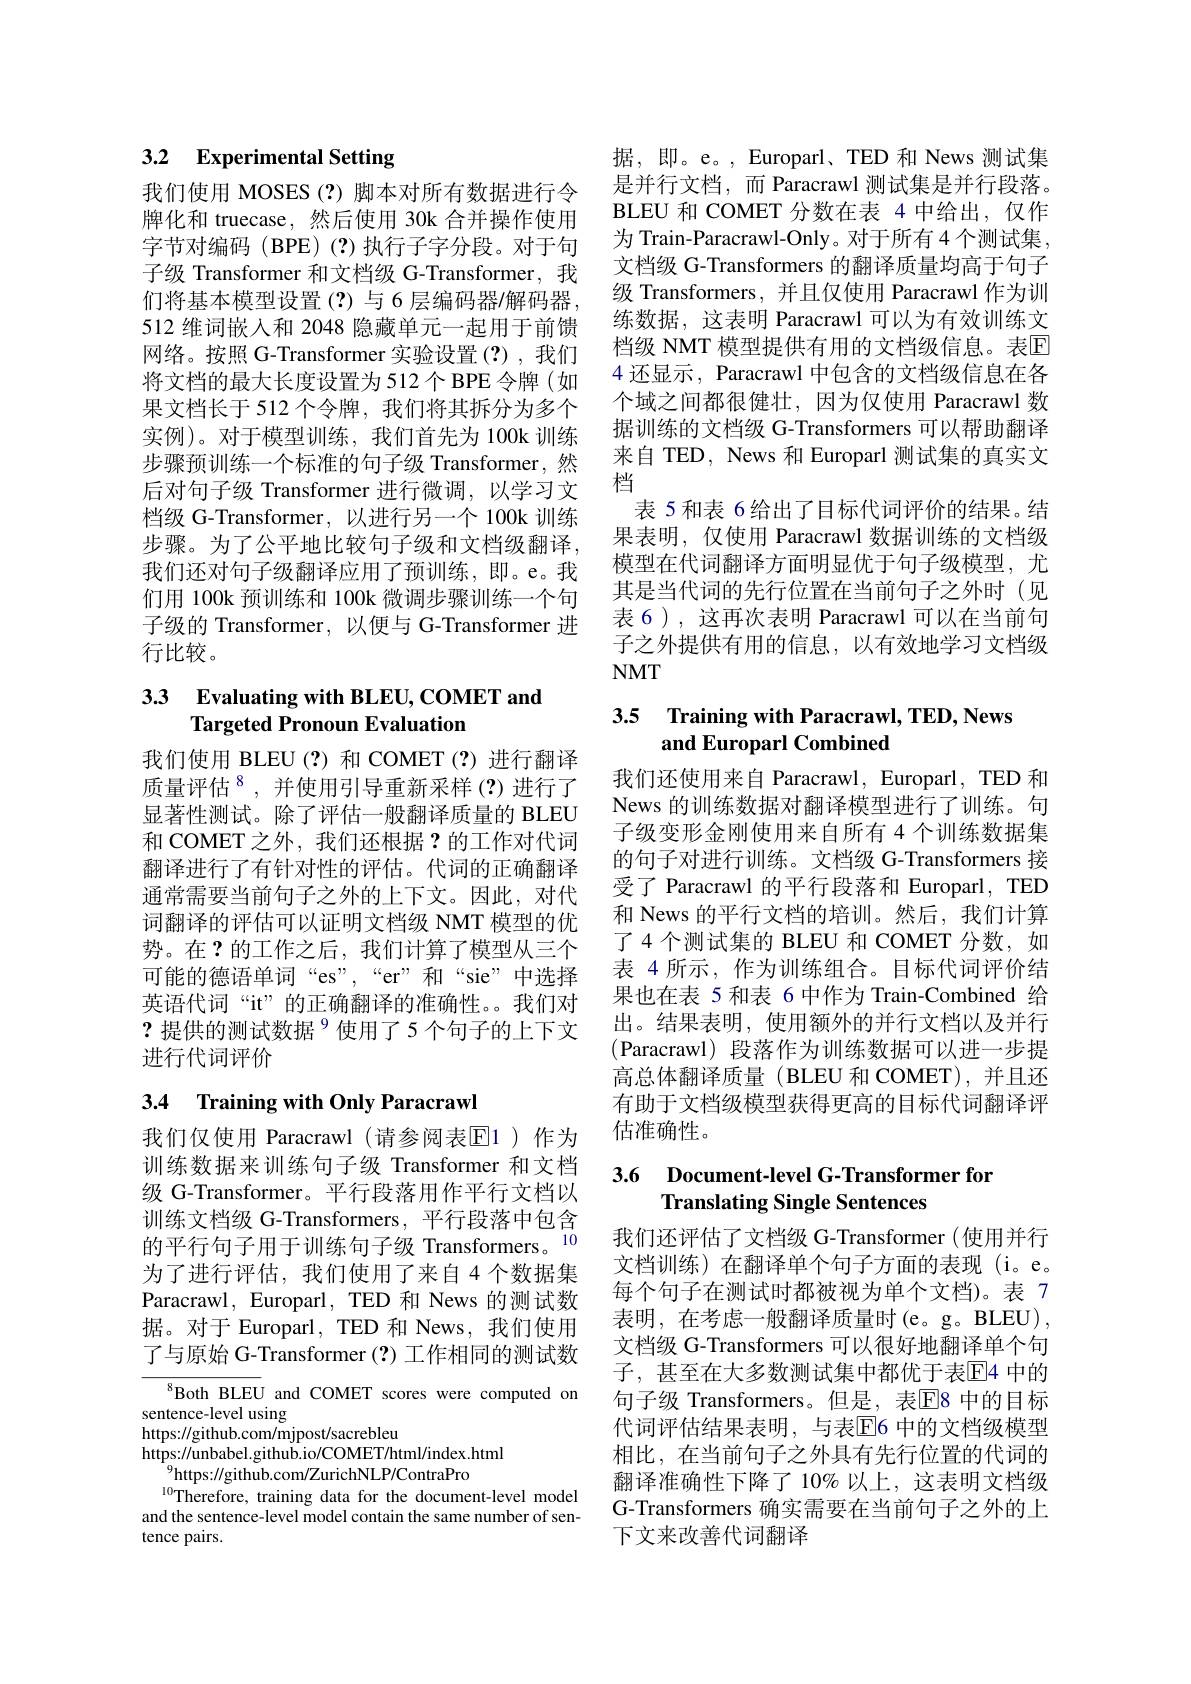
# 3.2 Experimental Setting

我们使用 MOSES(?)脚本对所有数据进行令牌化和 truecase,然后使用 30k 合并操作使用字节对编码 (BPE)(?)执行子字分段。对于句子级 Transformer 和文档级 G-Transformer, 我们将基本模型设置(?)与6层编码器/解码器， 512 维词嵌入和 2048 隐藏单元一起用于前馈网络。按照 G-Transformer 实验设置(?),我们将文档的最大长度设置为 512个 BPE 令牌(如果文档长于 512 个令牌，我们将其拆分为多个实例)。对于模型训练，我们首先为 100k 训练步骤预训练一个标准的句子级 Transformer,然后对句子级 Transformer 进行微调，以学习文档级 G-Transformer,以进行另一个 100k 训练步骤。为了公平地比较句子级和文档级翻译， 我们还对句子级翻译应用了预训练，即。e。我们用 100k 预训练和 100k 微调步骤训练一个句子级的 Transformer,以便与 G-Transformer 进行比较。

# 3.3 Evaluating with BLEU, COMET and Targeted Pronoun Evaluation

我们使用 BLEU(?)和 COMET(?)进行翻译质量评估$^{8}$,并使用引导重新采样(?)进行了显著性测试。除了评估一般翻译质量的 BLEU 和 COMET 之外，我们还根据？的工作对代词翻译进行了有针对性的评估。代词的正确翻译通常需要当前句子之外的上下文。因此，对代词翻译的评估可以证明文档级 NMT 模型的优势。在？的工作之后，我们计算了模型从三个可能的德语单词“es”,“er”和“sie”中选择英语代词“it”的正确翻译的准确性。。我们对?提供的测试数据$^{9}$使用了5个句子的上下文进行代词评价

## 3.4 Training with Only Paracrawl

我们仅使用 Paracrawl (请参阅表$\overline{\mathrm{E}}$1)作为训练数据来训练句子级 Transformer 和文档级 G-Transformer。平行段落用作平行文档以训练文档级 G-Transformers,平行段落中包含的平行句子用于训练句子级 Transformers。$^{10}$ 为了进行评估，我们使用了来自 4 个数据集Paracrawl, Europarl, TED 和 News 的测试数据。对于 Europarl, TED 和 News, 我们使用了与原始 G-Transformer (?) 工作相同的测试数

$^{8}$Both BLEU and COMET scores were computed on
sentence-level using
https: //github.com/mjpost/sacrebleu
https: / / unbabel. github. io/ COMET/ html/ index. html
$^{9}$https://github.com/ZurichNLP/ContraPro
$^{10}$Therefore, training data for the document-level model and the sentence-level model contain the same number of sentence pairs.

据，即。e。, Europarl、TED 和 News 测试集是并行文档，而 Paracrawl 测试集是并行段落。BLEU 和 COMET 分数在表 4 中给出，仅作为 Train-Paracrawl-Only。对于所有 4 个测试集， 文档级 G-Transformers 的翻译质量均高于句子级 Transformers, 并且仅使用 Paracrawl 作为训练数据，这表明 Paracrawl 可以为有效训练文档级 NMT 模型提供有用的文档级信息。表$\mathbb{E}$ 4 还显示，Paracrawl 中包含的文档级信息在各个域之间都很健壮，因为仅使用 Paracrawl 数据训练的文档级 G-Transformers 可以帮助翻译来自 TED, News 和 Europarl 测试集的真实文档
表 5 和表 6 给出了目标代词评价的结果。结果表明，仅使用 Paracrawl 数据训练的文档级模型在代词翻译方面明显优于句子级模型，尤其是当代词的先行位置在当前句子之外时(见表 6),这再次表明 Paracrawl 可以在当前句子之外提供有用的信息，以有效地学习文档级$NMT$

# 3.5 Training with Paracrawl, TED, News and Europarl Combined

我们还使用来自 Paracrawl, Europarl, TED 和News 的训练数据对翻译模型进行了训练。句子级变形金刚使用来自所有 4 个训练数据集的句子对进行训练。文档级 G-Transformers 接受了 Paracrawl 的平行段落和 Europarl, TED 和 News 的平行文档的培训。然后，我们计算了4个测试集的 BLEU 和 COMET 分数，如表 4 所示 , 作为训练组合。目标代词评价结果也在表 5 和表 6 中作为 Train-Combined 给出。结果表明，使用额外的并行文档以及并行(Paracrawl)段落作为训练数据可以进一步提高总体翻译质量(BLEU 和 COMET),并且还有助于文档级模型获得更高的目标代词翻译评估准确性。

# 3.6 Document-level G-Transformer for Translating Single Sentences

我们还评估了文档级 G-Transformer(使用并行文档训练)在翻译单个句子方面的表现(i。e。每个句子在测试时都被视为单个文档)。表 7表明，在考虑一般翻译质量时(e。g。BLEU), 文档级 G-Transformers 可以很好地翻译单个句子，甚至在大多数测试集中都优于表$\overline{\mathrm{E}}$4 中的句子级 Transformers。但是，表$\overline{\mathrm{E}}8$ 中的目标代词评估结果表明，与表$\overline{\mathrm{E}}$6 中的文档级模型相比，在当前句子之外具有先行位置的代词的翻译准确性下降了 10% 以上，这表明文档级G-Transformers 确实需要在当前句子之外的上下文来改善代词翻译